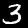
Digit: 3